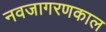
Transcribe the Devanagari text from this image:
नवजागरणकाल